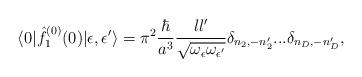
LaTeX: \begin{align*}\langle 0| {\hat f}^{(0)}_1(0)|\epsilon,\epsilon'\rangle=\pi^2 {\hbar\over a^3} {l l'\over \sqrt{\omega_{\epsilon}\omega_{\epsilon'}}}\delta_{n_2,-n'_2}...\delta_{n_D,-n'_D}, \end{align*}